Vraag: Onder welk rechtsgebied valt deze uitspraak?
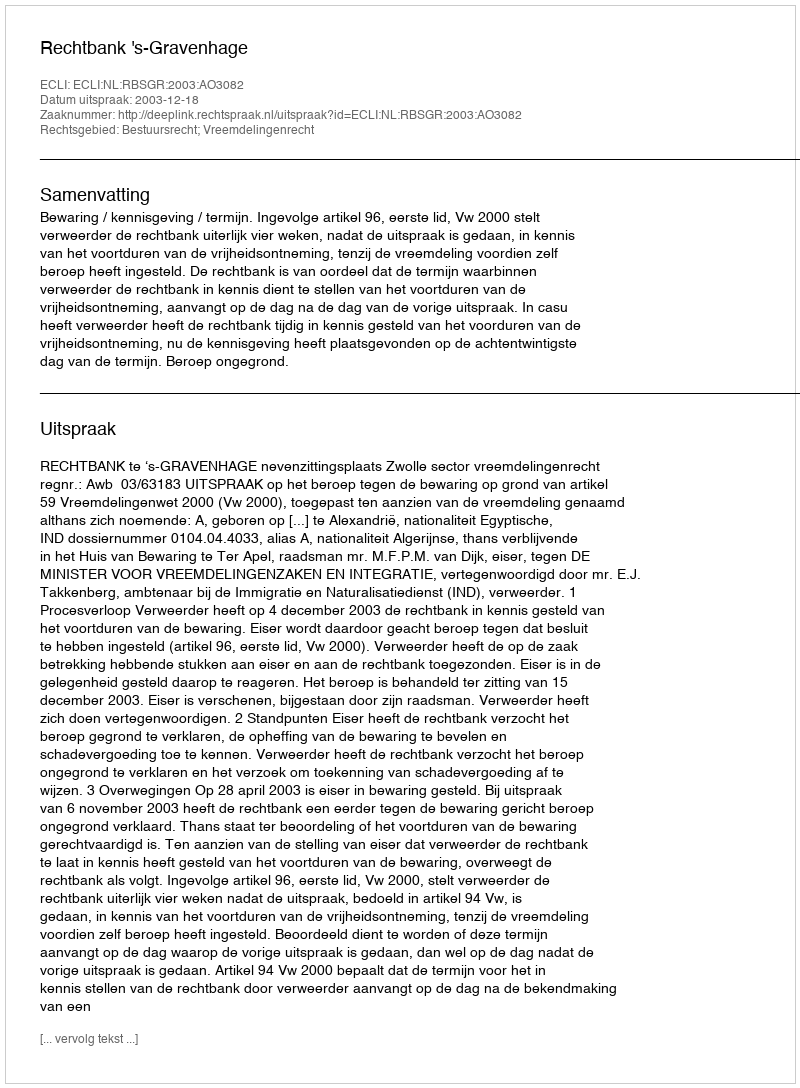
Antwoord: Bestuursrecht; Vreemdelingenrecht